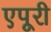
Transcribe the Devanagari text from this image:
एपूरी